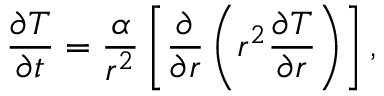
\frac { \partial T } { \partial t } = \frac { \alpha } { r ^ { 2 } } \left[ \frac { \partial } { \partial r } \left( r ^ { 2 } \frac { \partial T } { \partial r } \right) \right] ,